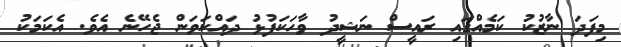
މިފަދަ ނާޒުކު ކަމެއްގައި ރައީސް ނަޝީދު ވާހަކަފުޅު ދައްކަވަން ޖެހޭނެ އެވެ. އެކަމަކު